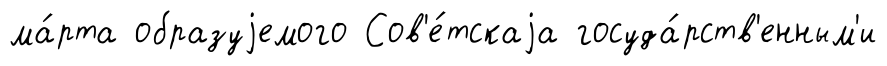
ма́рта образуjемого Сов'е́тскаjа госуда́рств'енным'и